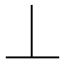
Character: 丄